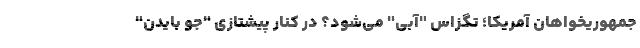
جمهوریخواهان آمریکا؛ تگزاس "آبی" می‌شود؟ در کنار پیشتازی "جو بایدن"